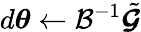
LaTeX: d{\boldsymbol{\theta}}\gets\mathcal{B}^{-1}\tilde{\boldsymbol{\mathcal{G}}}